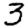
Digit: 3